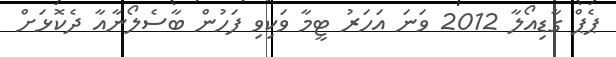
ޕެޕް ގާޑިއޯލާ 2012 ވަނަ އަހަރު ޓީމާ ވަކިވި ފަހުން ބާސެލޯނާއާ ދެކޮޅަށް